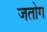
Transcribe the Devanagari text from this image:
जतोग